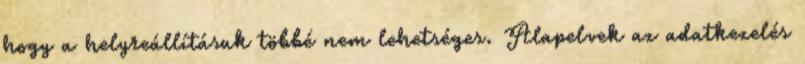
hogy a helyreállításuk többé nem lehetséges. Alapelvek az adatkezelés